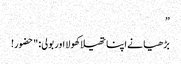
”
بڑھیا نے اپنا تھیلا کھولا اور بولی: "حضور!